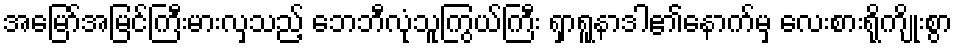
အမြော်အမြင်ကြီးမားလှသည့် ဘေဘီလုံသူကြွယ်ကြီး ရှာရူနာဒါ၏နောက်မှ လေးစားရိုကျိုးစွာ